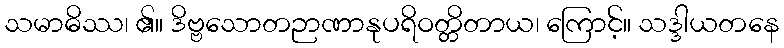
သမာဓိဿ၊ ၏။ ဒိဗ္ဗသောတဉာဏာနုပရိဝတ္တိတာယ၊ ကြောင့်။ သဒ္ဒါယတနေ